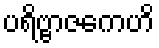
ပရိဗ္ဗာဇကေဟိ